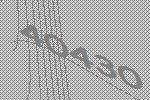
40430